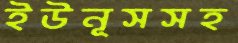
ইউনূসসহ